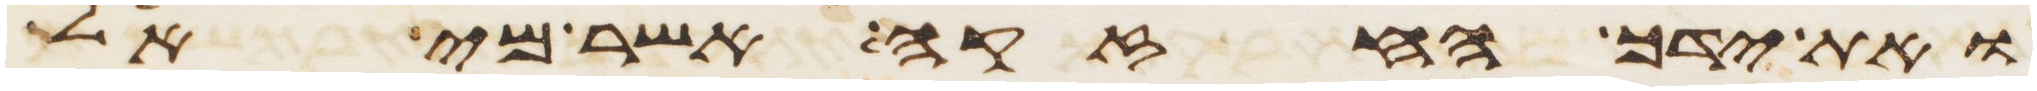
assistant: ואת ידך החזקה אשר מי אל